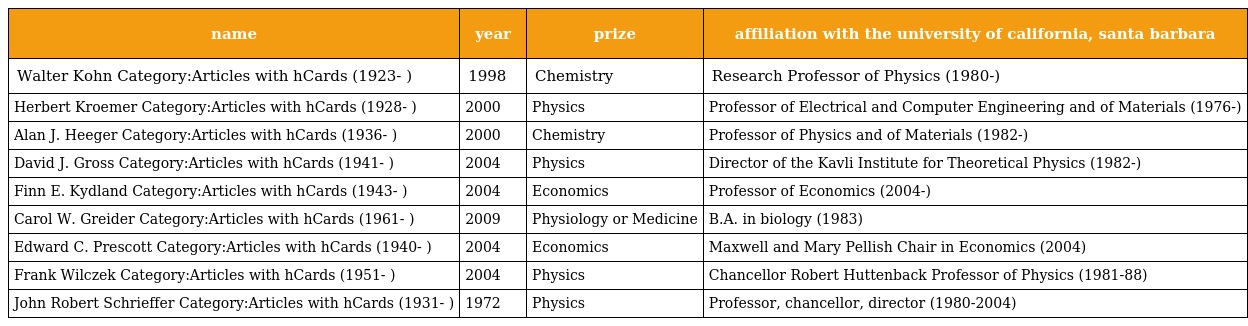
| name | year | prize | affiliation with the university of california, santa barbara |
 | --- | --- | --- | --- |
 | Walter Kohn Category:Articles with hCards (1923- ) | 1998 | Chemistry | Research Professor of Physics (1980-) |
 | Herbert Kroemer Category:Articles with hCards (1928- ) | 2000 | Physics | Professor of Electrical and Computer Engineering and of Materials (1976-) |
 | Alan J. Heeger Category:Articles with hCards (1936- ) | 2000 | Chemistry | Professor of Physics and of Materials (1982-) |
 | David J. Gross Category:Articles with hCards (1941- ) | 2004 | Physics | Director of the Kavli Institute for Theoretical Physics (1982-) |
 | Finn E. Kydland Category:Articles with hCards (1943- ) | 2004 | Economics | Professor of Economics (2004-) |
 | Carol W. Greider Category:Articles with hCards (1961- ) | 2009 | Physiology or Medicine | B.A. in biology (1983) |
 | Edward C. Prescott Category:Articles with hCards (1940- ) | 2004 | Economics | Maxwell and Mary Pellish Chair in Economics (2004) |
 | Frank Wilczek Category:Articles with hCards (1951- ) | 2004 | Physics | Chancellor Robert Huttenback Professor of Physics (1981-88) |
 | John Robert Schrieffer Category:Articles with hCards (1931- ) | 1972 | Physics | Professor, chancellor, director (1980-2004) |